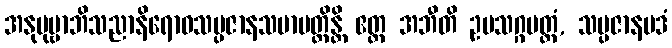
အနုပုဗ္ဗာဘိသညာနိရောဓသမ္ပဇာနသမာပတ္တိန္တိ ဧတ္ထ အဘီတိ ဥပသဂ္ဂမတ္တံ, သမ္ပဇာနပဒံ